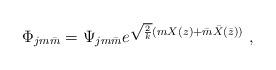
LaTeX: \begin{align*}\Phi_{jm\bar{m}}=\Psi_{jm\bar{m}}e^{\sqrt{2\over k}(mX(z)+\bar m\bar X(\bar z))}~,\end{align*}